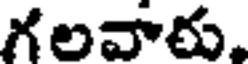
గలవారు.